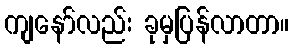
ကျနော်လည်း ခုမှပြန်လာတာ။